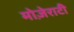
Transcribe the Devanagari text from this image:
मोज़ेराटी